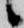
候